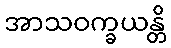
အာသဝက္ခယန္တိ